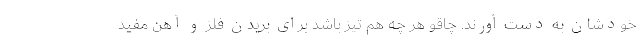
خودشان به دست آورند. چاقو هر چه هم تیز باشد برای بریدن فلز و آهن مفید